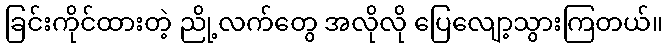
ခြင်းကိုင်ထားတဲ့ ညို့လက်တွေ အလိုလို ပြေလျော့သွားကြတယ်။